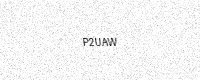
Text: P2UAW